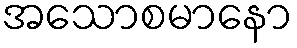
အသောစမာနော